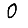
Digit: 0